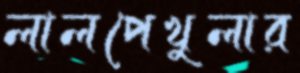
লালপেখুলার